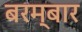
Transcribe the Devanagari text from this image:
बरम्बार